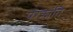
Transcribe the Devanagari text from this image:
परक्रांति